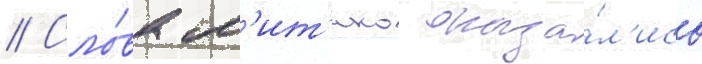
// Сло́ва м'ит'ико оказа́л'ись